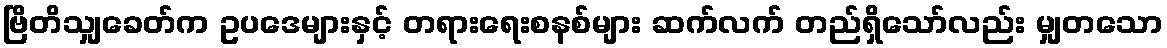
ဗြိတိသျှခေတ်က ဥပဒေများနှင့် တရားရေးစနစ်များ ဆက်လက် တည်ရှိသော်လည်း မျှတသော